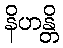
နိဟန္တိ